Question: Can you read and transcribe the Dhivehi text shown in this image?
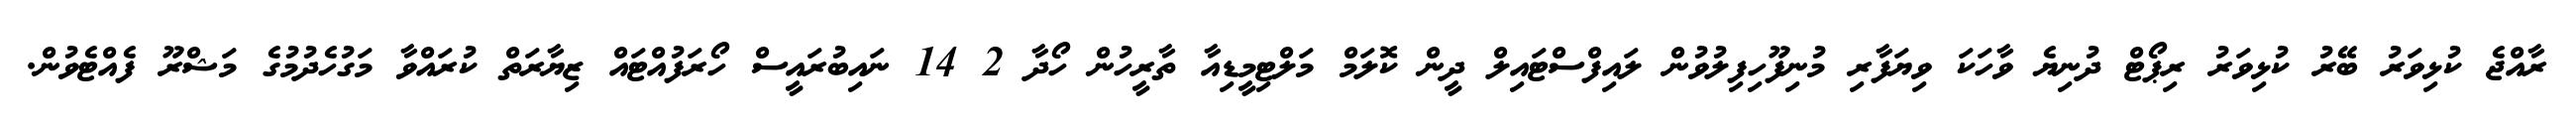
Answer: ރާއްޖެ ކުޅިވަރު ބޭރު ކުޅިވަރު ރިޕޯޓް ދުނިޔެ ވާހަކަ ވިޔަފާރި މުނިފޫހިފިލުވުން ލައިފްސްޓައިލް ދީން ކޮލަމް މަލްޓިމީޑިއާ ތާރީހުން ހޯދާ 2 14 ނައިބުރައީސް ހޯރަފުއްޓައް ޒިޔާރަތް ކުރައްވާ މަގުހެދުމުގެ މަޝްރޫ ފެއްޓެވުން.